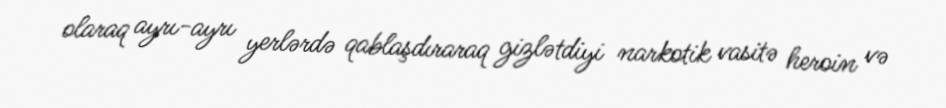
olaraq ayrı-ayrı yerlərdə qablaşdıraraq gizlətdiyi narkotik vasitə heroin və